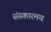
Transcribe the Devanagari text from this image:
संस्कारमय